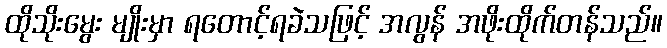
ထိုသိုးမွေး မျိုးမှာ ရတောင့်ရခဲသဖြင့် အလွန် အဖိုးထိုက်တန်သည်။